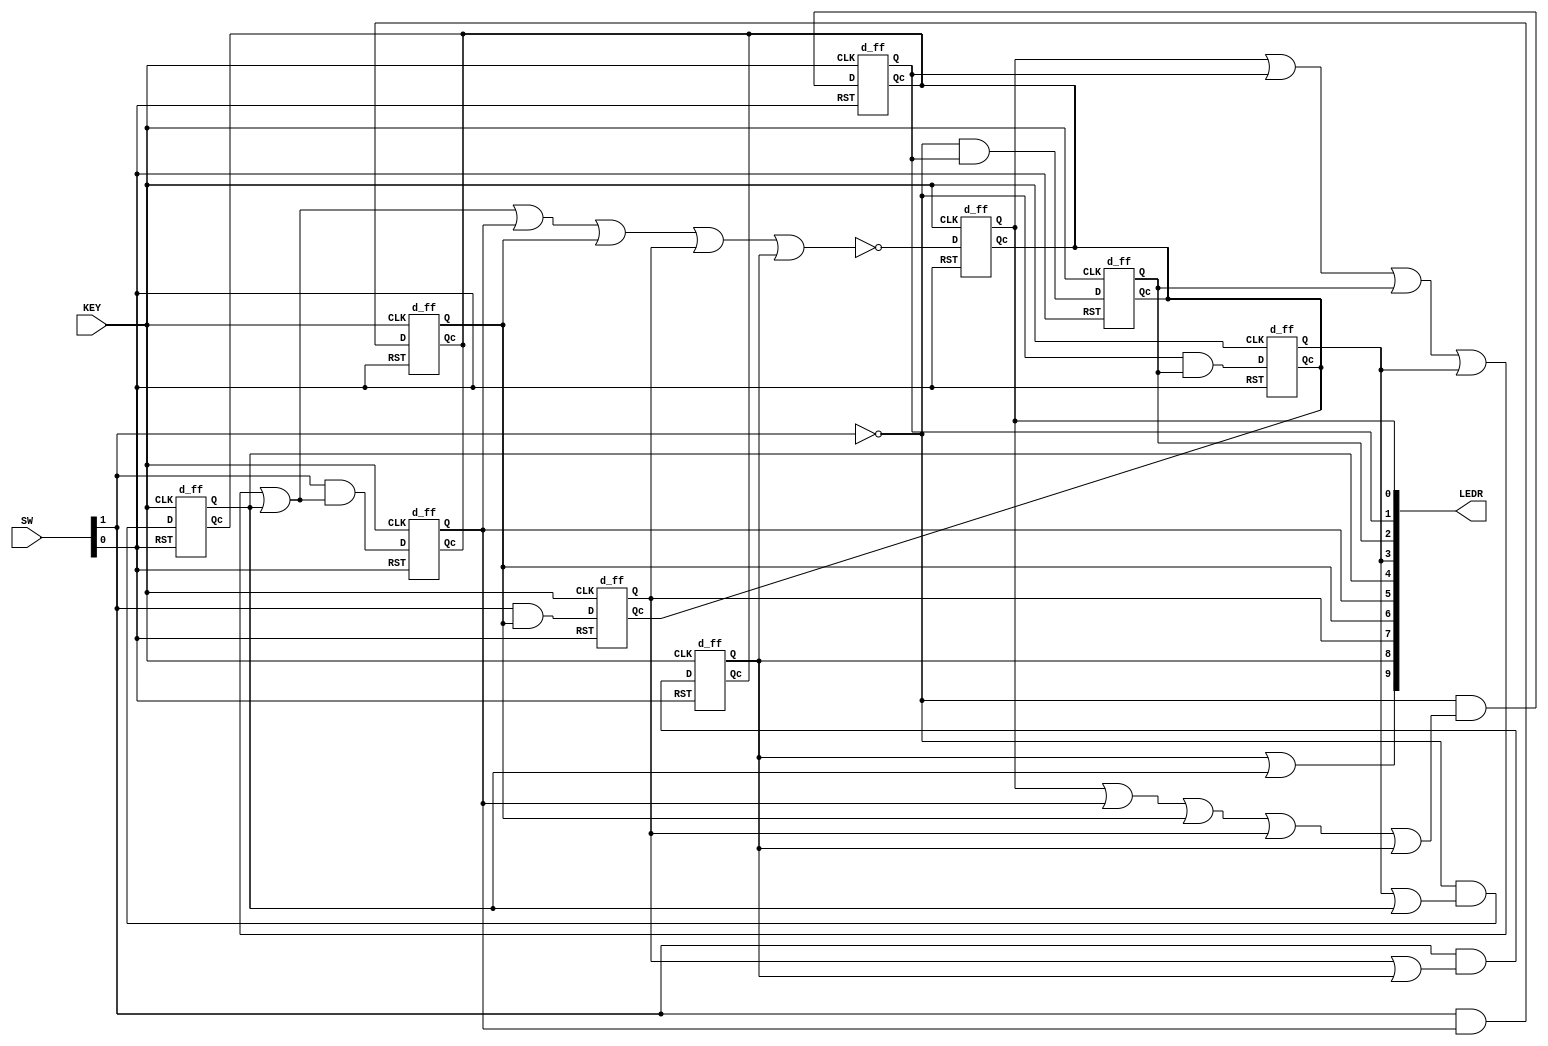
module lab8_1(LEDR, SW, KEY);
	input [1:0] SW;
	input [0:0] KEY;
	output [9:0] LEDR;
	wire [8:0] state, next_state;
	
	//States reg
	d_ff a(state[0], , next_state[0], SW[0], KEY[0]);
	d_ff b(state[1], , next_state[1], SW[0], KEY[0]);
	d_ff c(state[2], , next_state[2], SW[0], KEY[0]);
	d_ff d(state[3], , next_state[3], SW[0], KEY[0]);
	d_ff e(state[4], , next_state[4], SW[0], KEY[0]);
	d_ff f(state[5], , next_state[5], SW[0], KEY[0]);
	d_ff g(state[6], , next_state[6], SW[0], KEY[0]);
	d_ff h(state[7], , next_state[7], SW[0], KEY[0]);
	d_ff i(state[8], , next_state[8], SW[0], KEY[0]);

	//describe next state
	assign next_state[0] = ~(state[0]|state[1]|state[2]|state[3]|state[4]|state[5]|state[6]|state[7]|state[8]);
	assign next_state[1] = ~SW[1]&(state[0]|state[5]|state[6]|state[7]|state[8]);
	assign next_state[2] = ~SW[1]&state[1];
	assign next_state[3] = ~SW[1]&state[2];
	assign next_state[4] = ~SW[1]&(state[3]|state[4]);
	assign next_state[5] = SW[1]&(state[0]|state[1]|state[2]|state[3]|state[4]);
	assign next_state[6] = SW[1]&(state[5]);
	assign next_state[7] = SW[1]&(state[6]);
	assign next_state[8] = SW[1]&(state[7]|state[8]);
	
	assign LEDR[8:0] = state[8:0];
	assign LEDR[9] = state[8] | state[4];
	
endmodule

module d_ff(Q, Qc, D, RST, CLK);
	input D, RST, CLK;
	output reg Q;
	output Qc;
	
	assign Qc = ~Q;
	
	initial Q <= 0;
	
	always @ (posedge CLK or negedge RST) begin
		if(~RST)
			Q <= 0;
		else
			Q <= D;
	end
endmodule